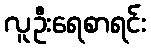
လူဦးရေစာရင်း